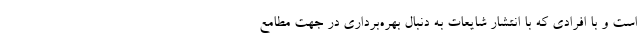
است و با افرادی که با انتشار شایعات به دنبال بهره‌برداری در جهت مطامع